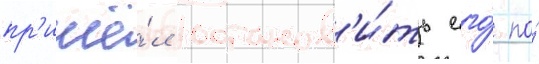
пр'ишё́л останов'и́ть его́ по́